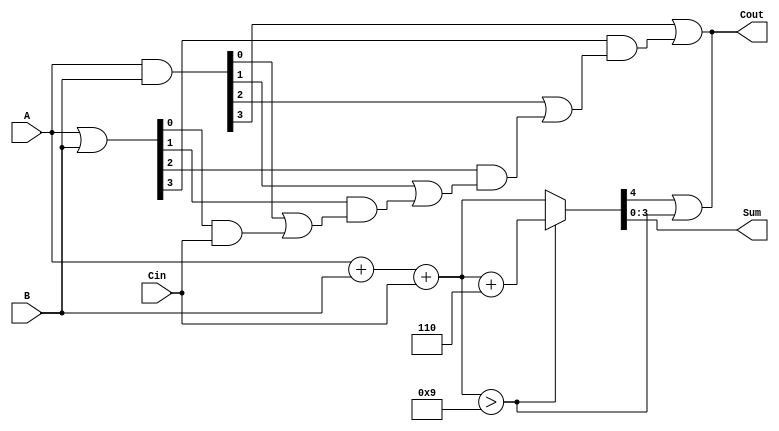
module BCD_Carry_Lookahead_Adder (
    input [3:0] A,       // 4-bit BCD input A
    input [3:0] B,       // 4-bit BCD input B
    input Cin,           // Carry-in
    output [3:0] Sum,    // 4-bit BCD Sum output
    output Cout          // Carry-out
);

// Internal wires for carry generation and propagation
wire [3:0] G; // Generate signals
wire [3:0] P; // Propagate signals
wire C1, C2, C3; // Intermediate carry signals

// Generate and propagate logic
assign G = A & B; // Generate: G[i] = A[i] AND B[i]
assign P = A | B; // Propagate: P[i] = A[i] OR B[i]

// Carry lookahead logic
assign C1 = G[0] | (P[0] & Cin);
assign C2 = G[1] | (P[1] & C1);
assign C3 = G[2] | (P[2] & C2);
assign Cout = G[3] | (P[3] & C3);

// Initial sum calculation
wire [4:0] initial_sum; // 5-bit to accommodate carry
assign initial_sum = A + B + Cin;

// BCD correction logic
wire [4:0] corrected_sum;
assign corrected_sum = (initial_sum > 5'd9) ? (initial_sum + 5'd6) : initial_sum;

// Final sum and carry-out assignment
assign Sum = corrected_sum[3:0]; // 4-bit sum
assign Cout = corrected_sum[4] | (initial_sum > 5'd9); // Carry-out

endmodule